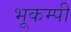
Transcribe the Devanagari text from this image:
भूकम्पी